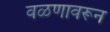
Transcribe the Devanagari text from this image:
वळणावरून